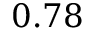
0 . 7 8